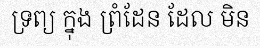
ទ្រព្យ ក្នុង ព្រំដែន ដែល មិន